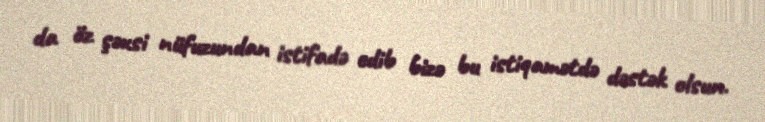
da öz şəxsi nüfuzundan istifadə edib bizə bu istiqamətdə dəstək olsun.